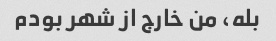
بله، من خارج از شهر بودم